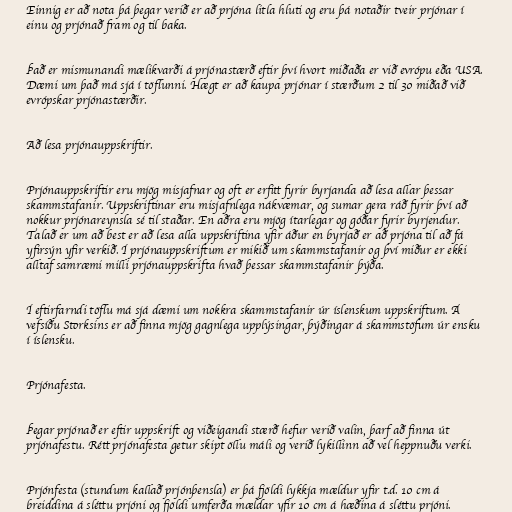
Einnig er að nota þá þegar verið er að prjóna litla hluti og eru þá notaðir tveir prjónar í
einu og prjónað fram og til baka.

Það er mismunandi mælikvarði á prjónastærð eftir því hvort miðaða er við evrópu eða USA.
Dæmi um það má sjá í töflunni. Hægt er að kaupa prjónar í stærðum 2 til 30 miðað við
evrópskar prjónastærðir.

Að lesa prjónauppskriftir.

Prjónauppskriftir eru mjög misjafnar og oft er erfitt fyrir byrjanda að lesa allar þessar
skammstafanir. Uppskriftinar eru misjafnlega nákvæmar, og sumar gera ráð fyrir því að
nokkur prjónareynsla sé til staðar. En aðra eru mjög ítarlegar og góðar fyrir byrjendur.
Talað er um að best er að lesa alla uppskriftina yfir áður en byrjað er að prjóna til að fá
yfirsýn yfir verkið. Í prjónauppskriftum er mikið um skammstafanir og því miður er ekki
alltaf samræmi milli prjónauppskrifta hvað þessar skammstafanir þýða.

Í eftirfarndi töflu má sjá dæmi um nokkra skammstafanir úr íslenskum uppskriftum. Á
vefsíðu Storksins er að finna mjög gagnlega upplýsingar, þýðingar á skammstöfum úr ensku
í íslensku.

Prjónafesta.

Þegar prjónað er eftir uppskrift og viðeigandi stærð hefur verið valin, þarf að finna út
prjónafestu. Rétt prjónafesta getur skipt öllu máli og verið lykillinn að vel heppnuðu verki.

Prjónfesta (stundum kallað prjónþensla) er þá fjöldi lykkja mældur yfir t.d. 10 cm á
breiddina á sléttu prjóni og fjöldi umferða mældar yfir 10 cm á hæðina á sléttu prjóni.